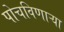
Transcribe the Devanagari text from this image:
पोचविणाऱ्या